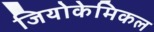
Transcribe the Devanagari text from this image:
जियोकेमिकल